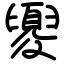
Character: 夓